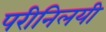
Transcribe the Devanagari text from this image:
परीनिलयी